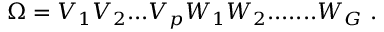
\Omega = V _ { 1 } V _ { 2 } . . . V _ { p } W _ { 1 } W _ { 2 } . . . . . . . W _ { G } ~ .